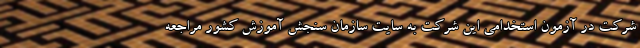
شرکت در آزمون استخدامی این شرکت به سایت سازمان سنجش آموزش کشور مراجعه